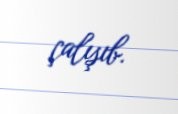
çalışıb.